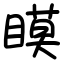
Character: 瞙